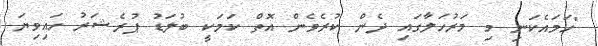
"ހަމައެކަނި މި މަރުހަލާގައި ދެން ކުރެވެން އޮތް ކަމަކީ ބުލަޑު ޕުރެޝަރު ހައިވިޔަ